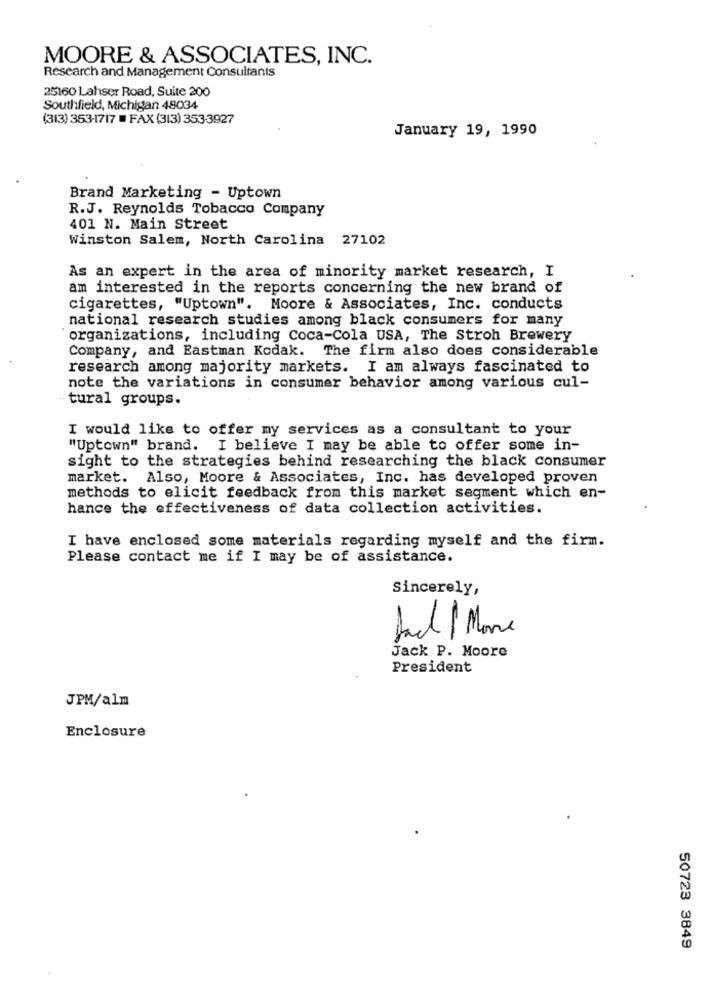
MOORE & ASSOCIATES, INC.
Research and Management Consultants
25160 Lahser Road, Suite 200
Southfield, Michigan 48034
(313) 353-1717 # FAX (313) 353-3927
January 19, 1990
Brand Marketing - Uptown
R.J. Reynolds Tobacco Company
401 N. Main Street
Winston Salem, North Carolina 27102
As an expert in the area of minority market research, I
am interested in the reports concerning the new brand of
cigarettes, "Uptown". Moore & Associates, Inc. conducts
national research studies among black consumers for many
organizations, including Coca-Cola USA, The Stroh Brewery
Company, and Eastman Kodak. The firm also does considerable
research among majority markets. I am always fascinated to
note the variations in consumer behavior among various cul-
tural groups.
I would like to offer my services as a consultant to your
"Uptown" brand. I believe I may be able to offer some in-
sight to the strategies behind researching the black consumer
market. Also, Moore & Associates, Inc. has developed proven
methods to elicit feedback from this market segment which en-
hance the effectiveness of data collection activities.
I have enclosed some materials regarding myself and the firm.
Please contact me if I may be of assistance.
Sincerely,
Jack P. Moore
President
JPM/alm
Enclosure
50723 3849